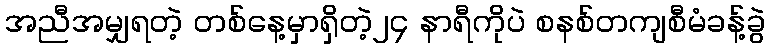
အညီအမျှရတဲ့ တစ်နေ့မှာရှိတဲ့၂၄ နာရီကိုပဲ စနစ်တကျစီမံခန့်ခွဲ